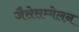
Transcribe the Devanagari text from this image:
जैसेसम्मेलन